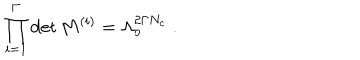
LaTeX: \prod _ { i = 1 } ^ { \Gamma } \det M ^ { ( i ) } = \Lambda _ { o } ^ { 2 \Gamma N _ { c } } \; .